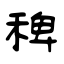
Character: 稗